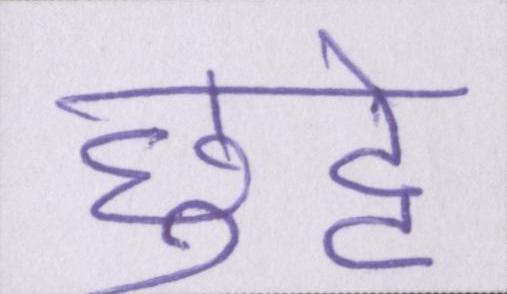
छुट्टे